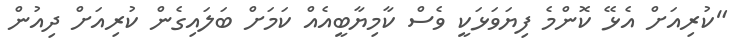
"ކުރިއަށް އެޅޭ ކޮންމެ ފިޔަވަޅަކީ ވެސް ކާމިޔާބީއެއް ކަމަށް ބަލައިގެން ކުރިއަށް ދިއުން